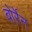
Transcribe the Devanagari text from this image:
बोर्रेन